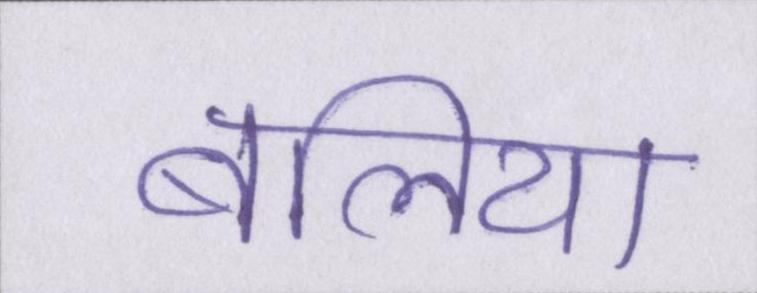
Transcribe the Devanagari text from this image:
बलिया